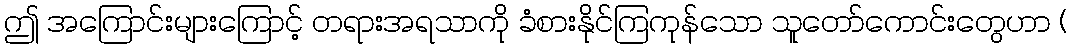
ဤ အကြောင်းများကြောင့် တရားအရသာကို ခံစားနိုင်ကြကုန်သော သူတော်ကောင်းတွေဟာ (